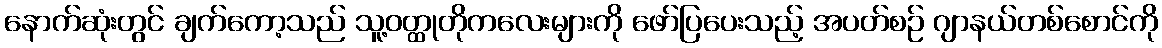
နောက်ဆုံးတွင် ချက်ကော့သည် သူ့ဝတ္ထုတိုကလေးများကို ဖော်ပြပေးသည့် အပတ်စဉ် ဂျာနယ်တစ်စောင်ကို